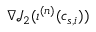
\nabla \mathcal { J } _ { 2 } ( \iota ^ { ( n ) } ( c _ { s , i } ) )